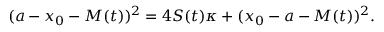
( a - x _ { 0 } - M ( t ) ) ^ { 2 } = 4 S ( t ) \kappa + ( x _ { 0 } - a - M ( t ) ) ^ { 2 } .